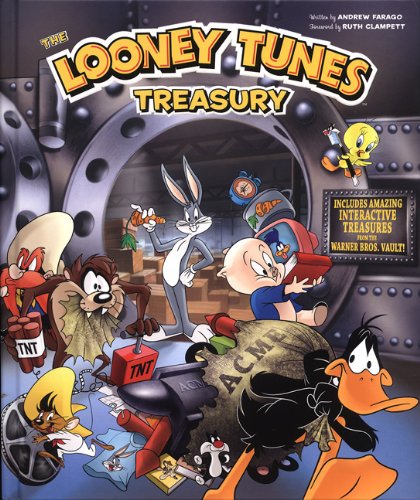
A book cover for Looney Tunes Treasury: Includes Amazing Interactive Treasures from the Warner Bros. Vault!; Andrew Farago; Crafts, Hobbies & Home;